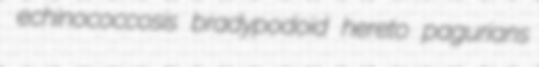
echinococcosis bradypodoid hereto pagurians